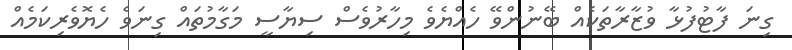
ގިނަ ފާޓުފުޅާ ވުޒާރާތަކެއް ބޭނުންވޭ ހެއްޔެވެ މިހާރުވެސް ސިޔާސީ މަގާމުތައް ގިނަވެ ހެޔޮވެރިކަމެއް